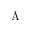
\mathrm { \AA }